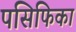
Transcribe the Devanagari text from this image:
पसिफिका